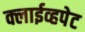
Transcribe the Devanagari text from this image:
क्लाईव्हपेट